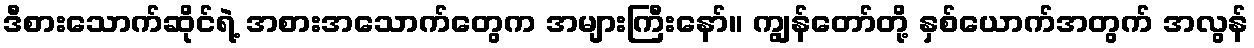
ဒီစားသောက်ဆိုင်ရဲ့ အစားအသောက်တွေက အများကြီးနော်။ ကျွန်တော်တို့ နှစ်ယောက်အတွက် အလွန်